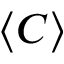
\langle C \rangle